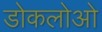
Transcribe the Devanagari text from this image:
डोकलोओ